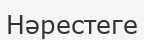
Нәрестеге